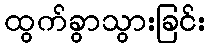
ထွက်ခွာသွားခြင်း